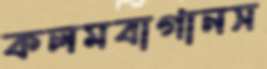
কলমবাগানস